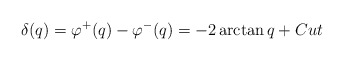
\begin{align*}\delta (q)=\varphi ^{+}(q)-\varphi ^{-}(q)=-2\arctan q+Cut\end{align*}